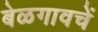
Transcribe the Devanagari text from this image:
बेळगावचें